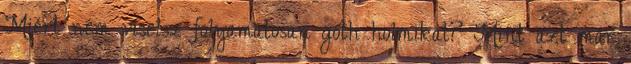
Miért nem viselsz folyamatosan goth holmikat? Mint azt már